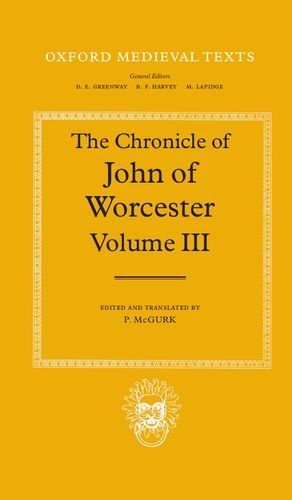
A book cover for The Chronicle of John of Worcester: Volume III: The Annals from 1067 to 1140 with The Gloucester Interpolations and The Continuation to 1141 (Oxford Medieval Texts); John of Worcester; Literature & Fiction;